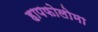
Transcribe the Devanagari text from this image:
हापफोलोमा